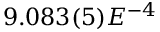
9 . 0 8 3 ( 5 ) E ^ { - 4 }